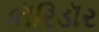
કૉરિડૉર